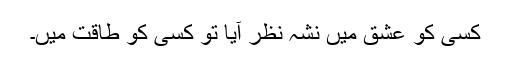
کسی کو عشق میں نشہ نظر آیا تو کسی کو طاقت میں۔